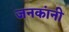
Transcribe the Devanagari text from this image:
जनकांनी